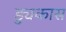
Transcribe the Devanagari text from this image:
ड्युकास